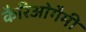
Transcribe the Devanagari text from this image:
कैरिओगैमी